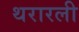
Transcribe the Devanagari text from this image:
थरारली